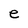
Character: e